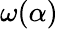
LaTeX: \omega(\alpha)